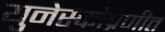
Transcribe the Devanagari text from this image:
युनेस्कोप्रणीत